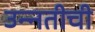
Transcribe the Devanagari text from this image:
उन्‍नतीची